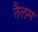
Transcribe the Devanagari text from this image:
तैलम